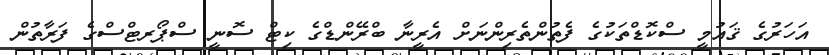
އަހަރުގެ ޤައުމީ ސްކޮޑްތަކުގެ ފެތުންތެރިންނަށް އެރީނާ ބްރޭންޑްގެ ކިޓް ސޮނީ ސްޕޯރޓްސްގެ ފަރާތުން